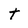
Character: t